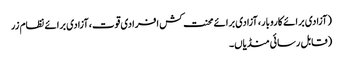
(آزادی برائے کاروبار، آزادی برائے محنت کش افرادی قوت، آزادی برائے نظام زر
(قابل رسائی منڈیاں۔